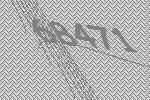
68471